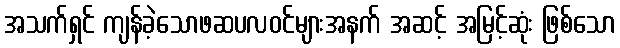
အသက်ရှင် ကျန်ခဲ့သောဖဆပလဝင်များအနက် အဆင့် အမြင့်ဆုံး ဖြစ်သော